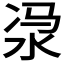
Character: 𣳆